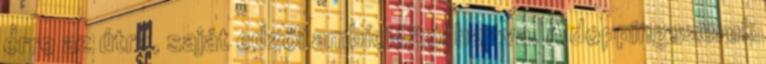
erre az útra, saját edzői ambícióitól hajtva. A doppingszerek